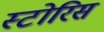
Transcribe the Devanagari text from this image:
स्टोरिस